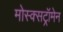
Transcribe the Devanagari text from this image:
मोस्क्सट्रॉमेन